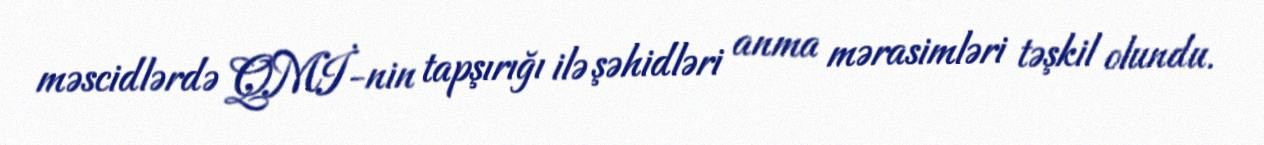
məscidlərdə QMİ-nin tapşırığı ilə şəhidləri anma mərasimləri təşkil olundu.